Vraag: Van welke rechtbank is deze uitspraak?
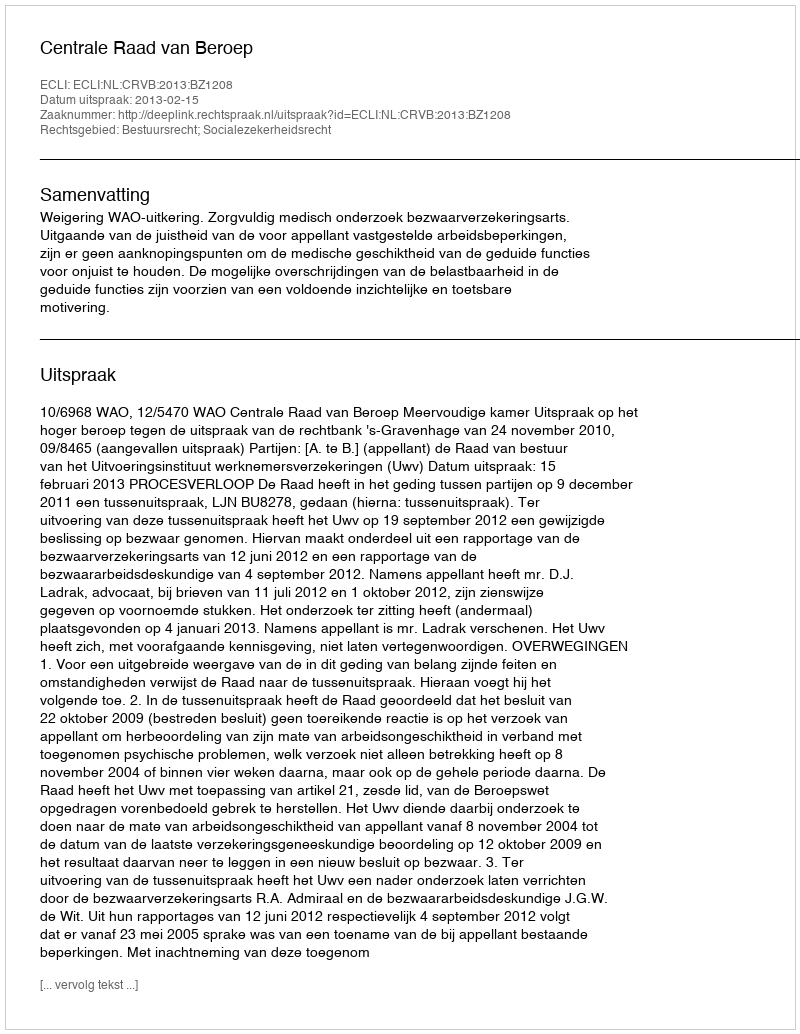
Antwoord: Centrale Raad van Beroep